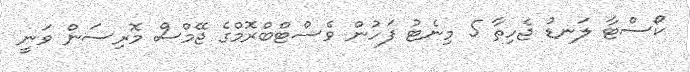
ކޯސްޓާ ލަނޑު ޖެހިތާ 5 މިނެޓު ފަހުން ވެސްޓްބްރޮމްގެ ޖޭމްސް މޮރިސަން ވަނީ